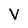
Character: V